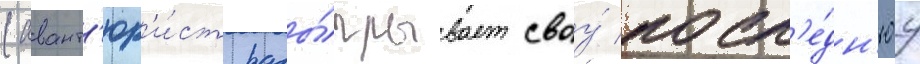
(авант'юр'и́ст разы́грывает своу́ посл'е́дн'юу